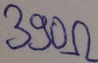
Text: 390Ω